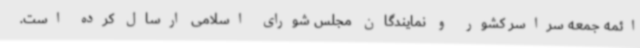
ائمه جمعه سراسر کشور و نمایندگان مجلس شورای اسلامی ارسال کرده است.